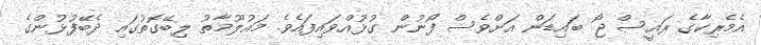
އެމެރިކާގެ ރައީސް ޖޯ ބައިޑަން އަށްވެސް ފޯނުން ގުޅުއްވައިފައެވެ. މައުލޫމާތު ލިބޭގޮތުގައި ދެބޭފުޅުންގެ